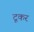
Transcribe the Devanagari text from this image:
टूकर